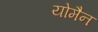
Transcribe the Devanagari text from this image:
योमैन